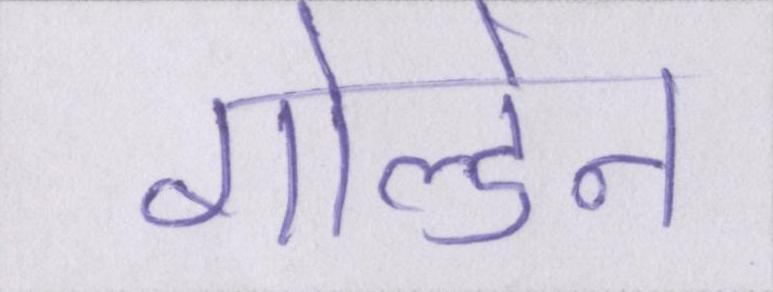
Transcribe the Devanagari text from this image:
गोल्डेन